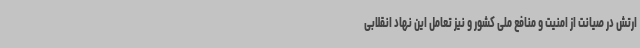
ارتش در صیانت از امنیت و منافع ملی کشور و نیز تعامل این نهاد انقلابی